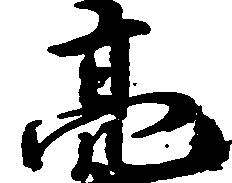
亮